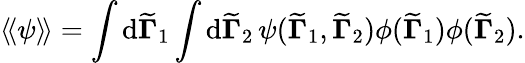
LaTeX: \langle\! \langle\psi\rangle\! \rangle=\int\mathrm{d}{\widetilde{\mathbf{\Gamma}}}_{1}\int\mathrm{d}{\widetilde{\mathbf{\Gamma}}}_{2}\, \psi({\widetilde{\mathbf{\Gamma}}}_{1},{\widetilde{\mathbf{\Gamma}}}_{2})\phi({\widetilde{\mathbf{\Gamma}}}_{1})\phi({\widetilde{\mathbf{\Gamma}}}_{2}).